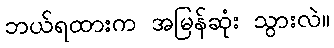
ဘယ်ရထားက အမြန်ဆုံး သွားလဲ။